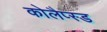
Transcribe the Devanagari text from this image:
कोलैप्स्ड